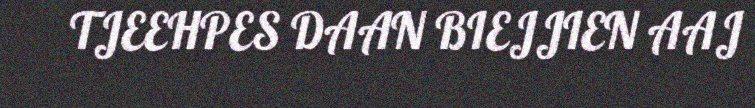
TJEEHPES DAAN BIEJJIEN AAJ